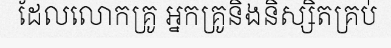
ដែលលោកគ្រូ អ្នកគ្រូនិងនិស្សិតគ្រប់